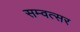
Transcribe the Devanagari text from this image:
सम्वत्सर